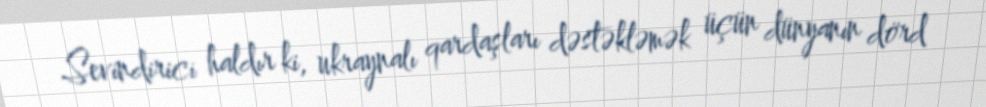
Sevindirici haldır ki, ukraynalı qardaşları dəstəkləmək üçün dünyanın dörd